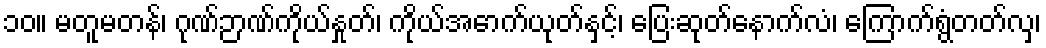
၁၀။ မတူမတန်၊ ဂုဏ်ဉာဏ်ကိုယ်နှုတ်၊ ကိုယ်အောက်ယုတ်နှင့်၊ ပြေးဆုတ်နောက်လံ၊ ကြောက်ရွံတတ်လှ၊